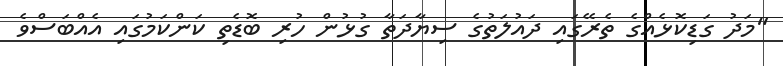
"މަދު ގަޑިކޮޅެއްގެ ތެރޭގައި ދައުލަތުގެ ސިޔާދަތާ ގުޅުން ހުރި ބޮޑެތި ކަންކަމުގައި އެއްބަސްވެ